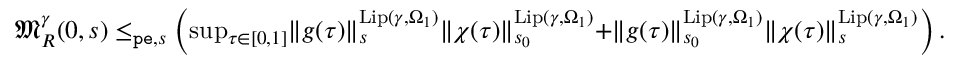
\begin{array} { r } { \mathfrak { M } _ { R } ^ { \gamma } ( 0 , s ) \le _ { \mathtt { p e } , s } \left( \operatorname* { s u p } _ { \tau \in [ 0 , 1 ] } \rVert g ( \tau ) \rVert _ { s } ^ { \mathrm { L i p } ( \gamma , \Omega _ { 1 } ) } \rVert \chi ( \tau ) \rVert _ { s _ { 0 } } ^ { \mathrm { L i p } ( \gamma , \Omega _ { 1 } ) } + \rVert g ( \tau ) \rVert _ { s _ { 0 } } ^ { \mathrm { L i p } ( \gamma , \Omega _ { 1 } ) } \rVert \chi ( \tau ) \rVert _ { s } ^ { \mathrm { L i p } ( \gamma , \Omega _ { 1 } ) } \right) . } \end{array}